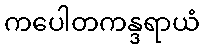
ကပေါတကန္ဒရာယံ